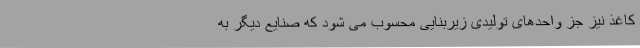
کاغذ نیز جز واحدهای تولیدی زیربنایی محسوب می شود که صنایع دیگر به